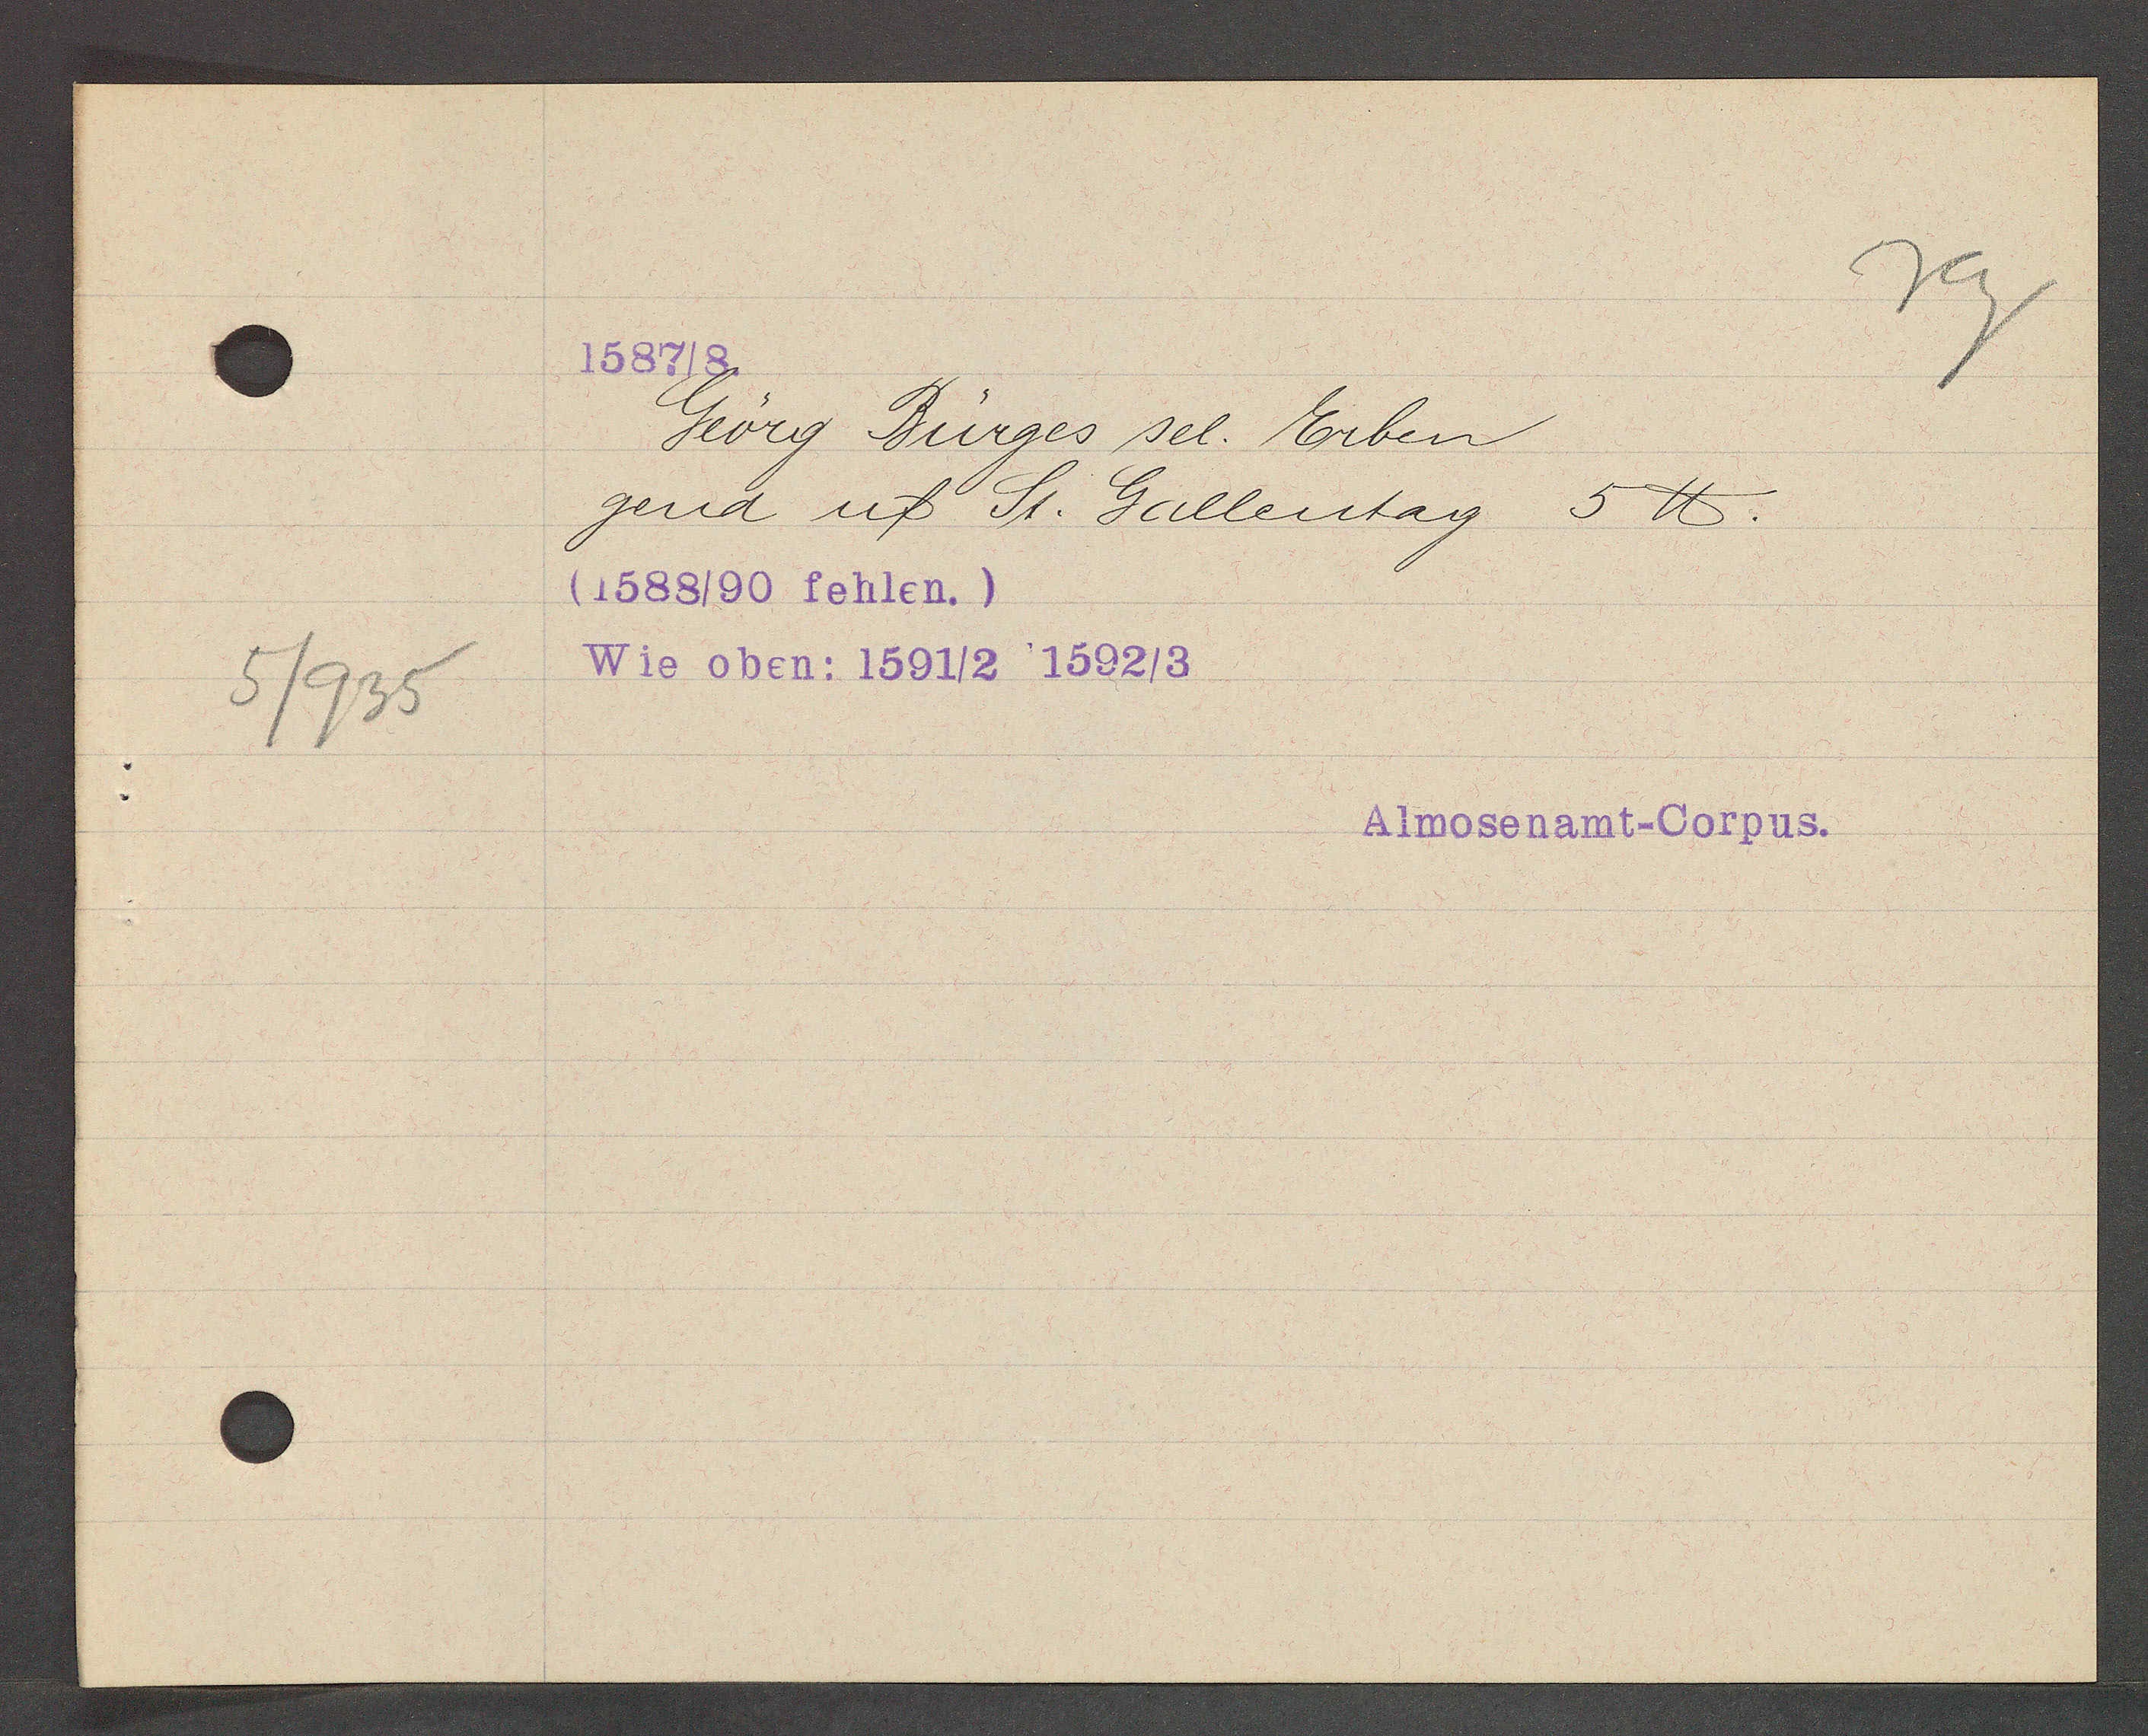
Transcript:
5/935

1587/8

Georg Bürges sel. Erben
gend uff St. Gallentag 5 ℔.
(1588/90 fehlen.)
Wie oben: 1591/2 1592/3

Almosenamt-Corpus.